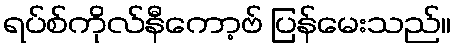
ရပ်စ်ကိုလ်နီကော့ဗ် ပြန်မေးသည်။